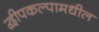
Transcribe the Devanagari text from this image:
द्वीपकल्पामधील